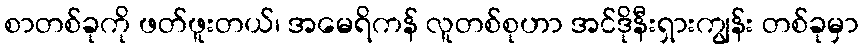
စာတစ်ခုကို ဖတ်ဖူးတယ်၊ အမေရိကန် လူတစ်စုဟာ အင်ဒိုနီးရှားကျွန်း တစ်ခုမှာ